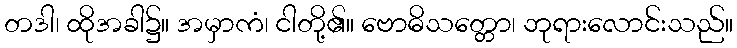
တဒါ၊ ထိုအခါ၌။ အမှာကံ၊ ငါတို့၏။ ဗောဓိသတ္တော၊ ဘုရားလောင်းသည်။